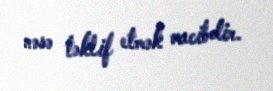
nəsə təklif etmək vacibdir.